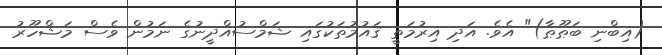
(އިބްނި ބަޠޫޠާ)" އެވެ. އަދި އިރުމަތީ ޤައުމުތަކުގައި ޝަމްސުއްދީނުގެ ނަމުން ވެސް މަޝްހޫރު